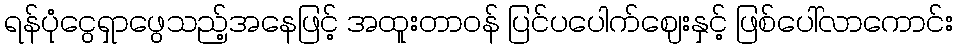
ရန်ပုံငွေရှာဖွေသည့်အနေဖြင့် အထူးတာဝန် ပြင်ပပေါက်ဈေးနှင့် ဖြစ်ပေါ်လာကောင်း